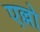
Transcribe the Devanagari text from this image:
एल्लो